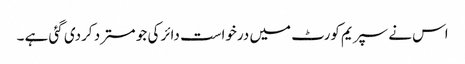
اس نے سپریم کورٹ میں درخواست دائر کی جو مسترد کردی گئی ہے ۔